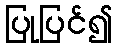
ပြုပြင်၍